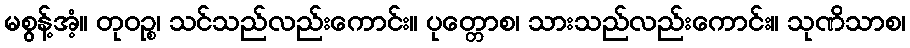
မစွန့်အံ့။ တုဝဉ္စ၊ သင်သည်လည်းကောင်း။ ပုတ္တောစ၊ သားသည်လည်းကောင်း။ သုဏိသာစ၊